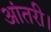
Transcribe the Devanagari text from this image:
आंतरी।